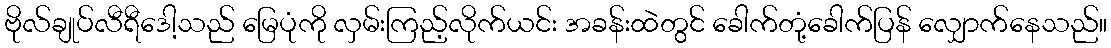
ဗိုလ်ချုပ်လီရီဒေါ့သည် မြေပုံကို လှမ်းကြည့်လိုက်ယင်း အခန်းထဲတွင် ခေါက်တုံ့ခေါက်ပြန် လျှောက်နေသည်။